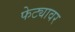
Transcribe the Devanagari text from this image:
फेट्यावर